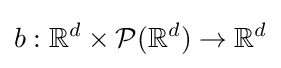
b:\mathbb {R} ^{d}\times {\mathcal {P}}(\mathbb {R} ^{d})\to \mathbb {R} ^{d}